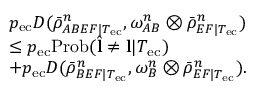
\begin{array} { r l } & { p _ { \mathrm { e c } } D ( \bar { \rho } _ { A B E F | T _ { \mathrm { e c } } } ^ { n } , \omega _ { A B } ^ { n } \otimes \bar { \rho } _ { E F | T _ { \mathrm { e c } } } ^ { n } ) } \\ & { \leq p _ { \mathrm { e c } } \mathrm { P r o b } ( \hat { \mathbf { l } } \neq \mathbf { l } | T _ { \mathrm { e c } } ) } \\ & { + p _ { \mathrm { e c } } D ( \bar { \rho } _ { B E F | T _ { \mathrm { e c } } } ^ { n } , \omega _ { B } ^ { n } \otimes \bar { \rho } _ { E F | T _ { \mathrm { e c } } } ^ { n } ) . } \end{array}